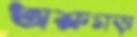
অশ্রুগড়া